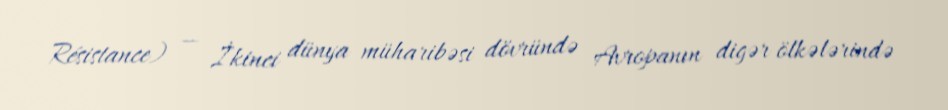
Résistance) — İkinci dünya müharibəsi dövründə Avropanın digər ölkələrində